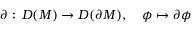
\partial : \, D ( { \cal M } ) \rightarrow D ( \partial { \cal M } ) , \quad \phi \mapsto \partial \phi